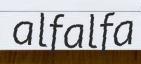
alfalfa